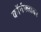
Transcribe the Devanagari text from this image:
कॉर्नफ्लावर